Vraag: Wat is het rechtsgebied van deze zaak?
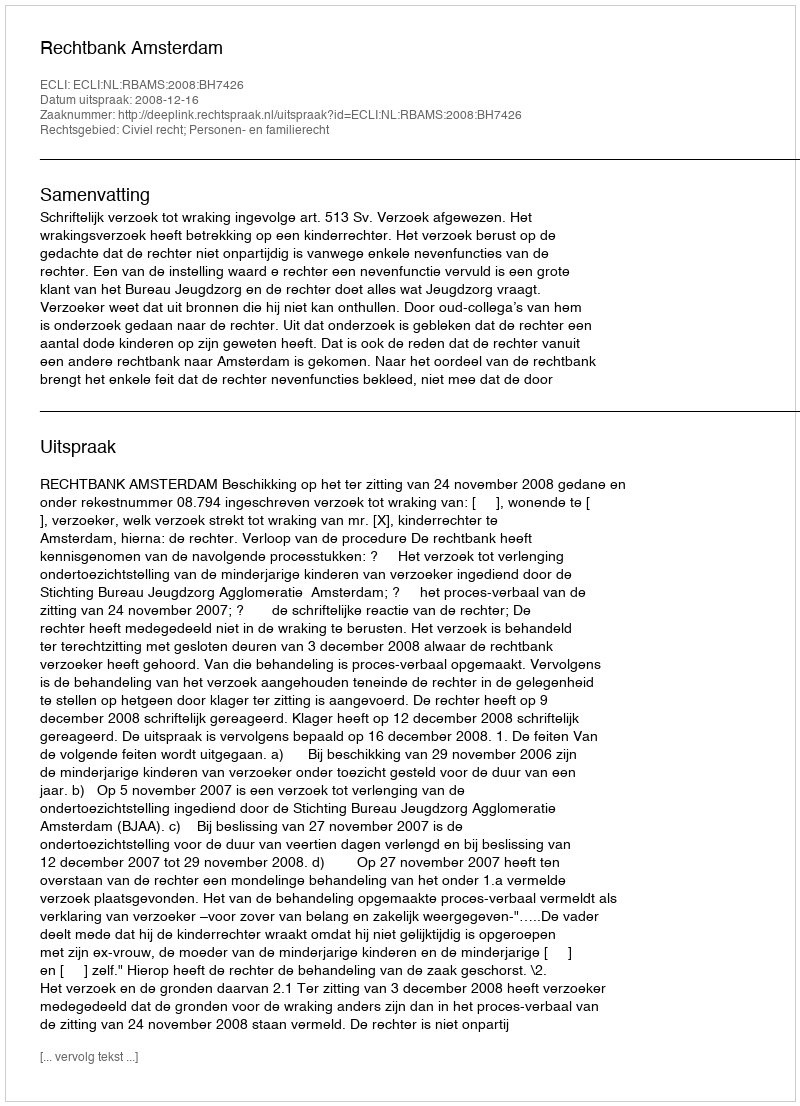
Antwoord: Civiel recht; Personen- en familierecht